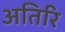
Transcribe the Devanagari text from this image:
अतिरि